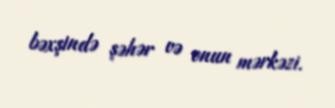
bəxşində şəhər və onun mərkəzi.